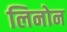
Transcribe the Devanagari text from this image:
लिनोन